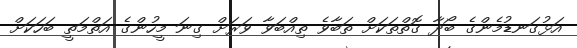
އަޅުގަނޑުމެންގެ ބޯދާ ގޮތްތަކަށް ތަބާވެ ތިއްބަވާ ވަރަށް ގިނަ މީހުންގެ އަތްމަތީ ބަހަކަށް